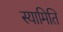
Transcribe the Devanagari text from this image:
स्यामिति